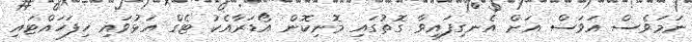
ނަމަވެސް އަވަސް އަށް އެނގިފައިވާ ގޮތުގައި މޮނިކޮން އޯޑަރާއެކު ޓެގް އަޅުވައި ހިފަހައްޓައި